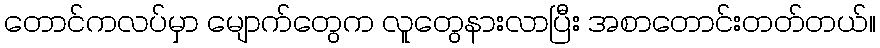
တောင်ကလပ်မှာ မျောက်တွေက လူတွေနားလာပြီး အစာတောင်းတတ်တယ်။